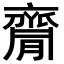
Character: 𪗇